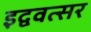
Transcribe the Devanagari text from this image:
इद्ववत्सर